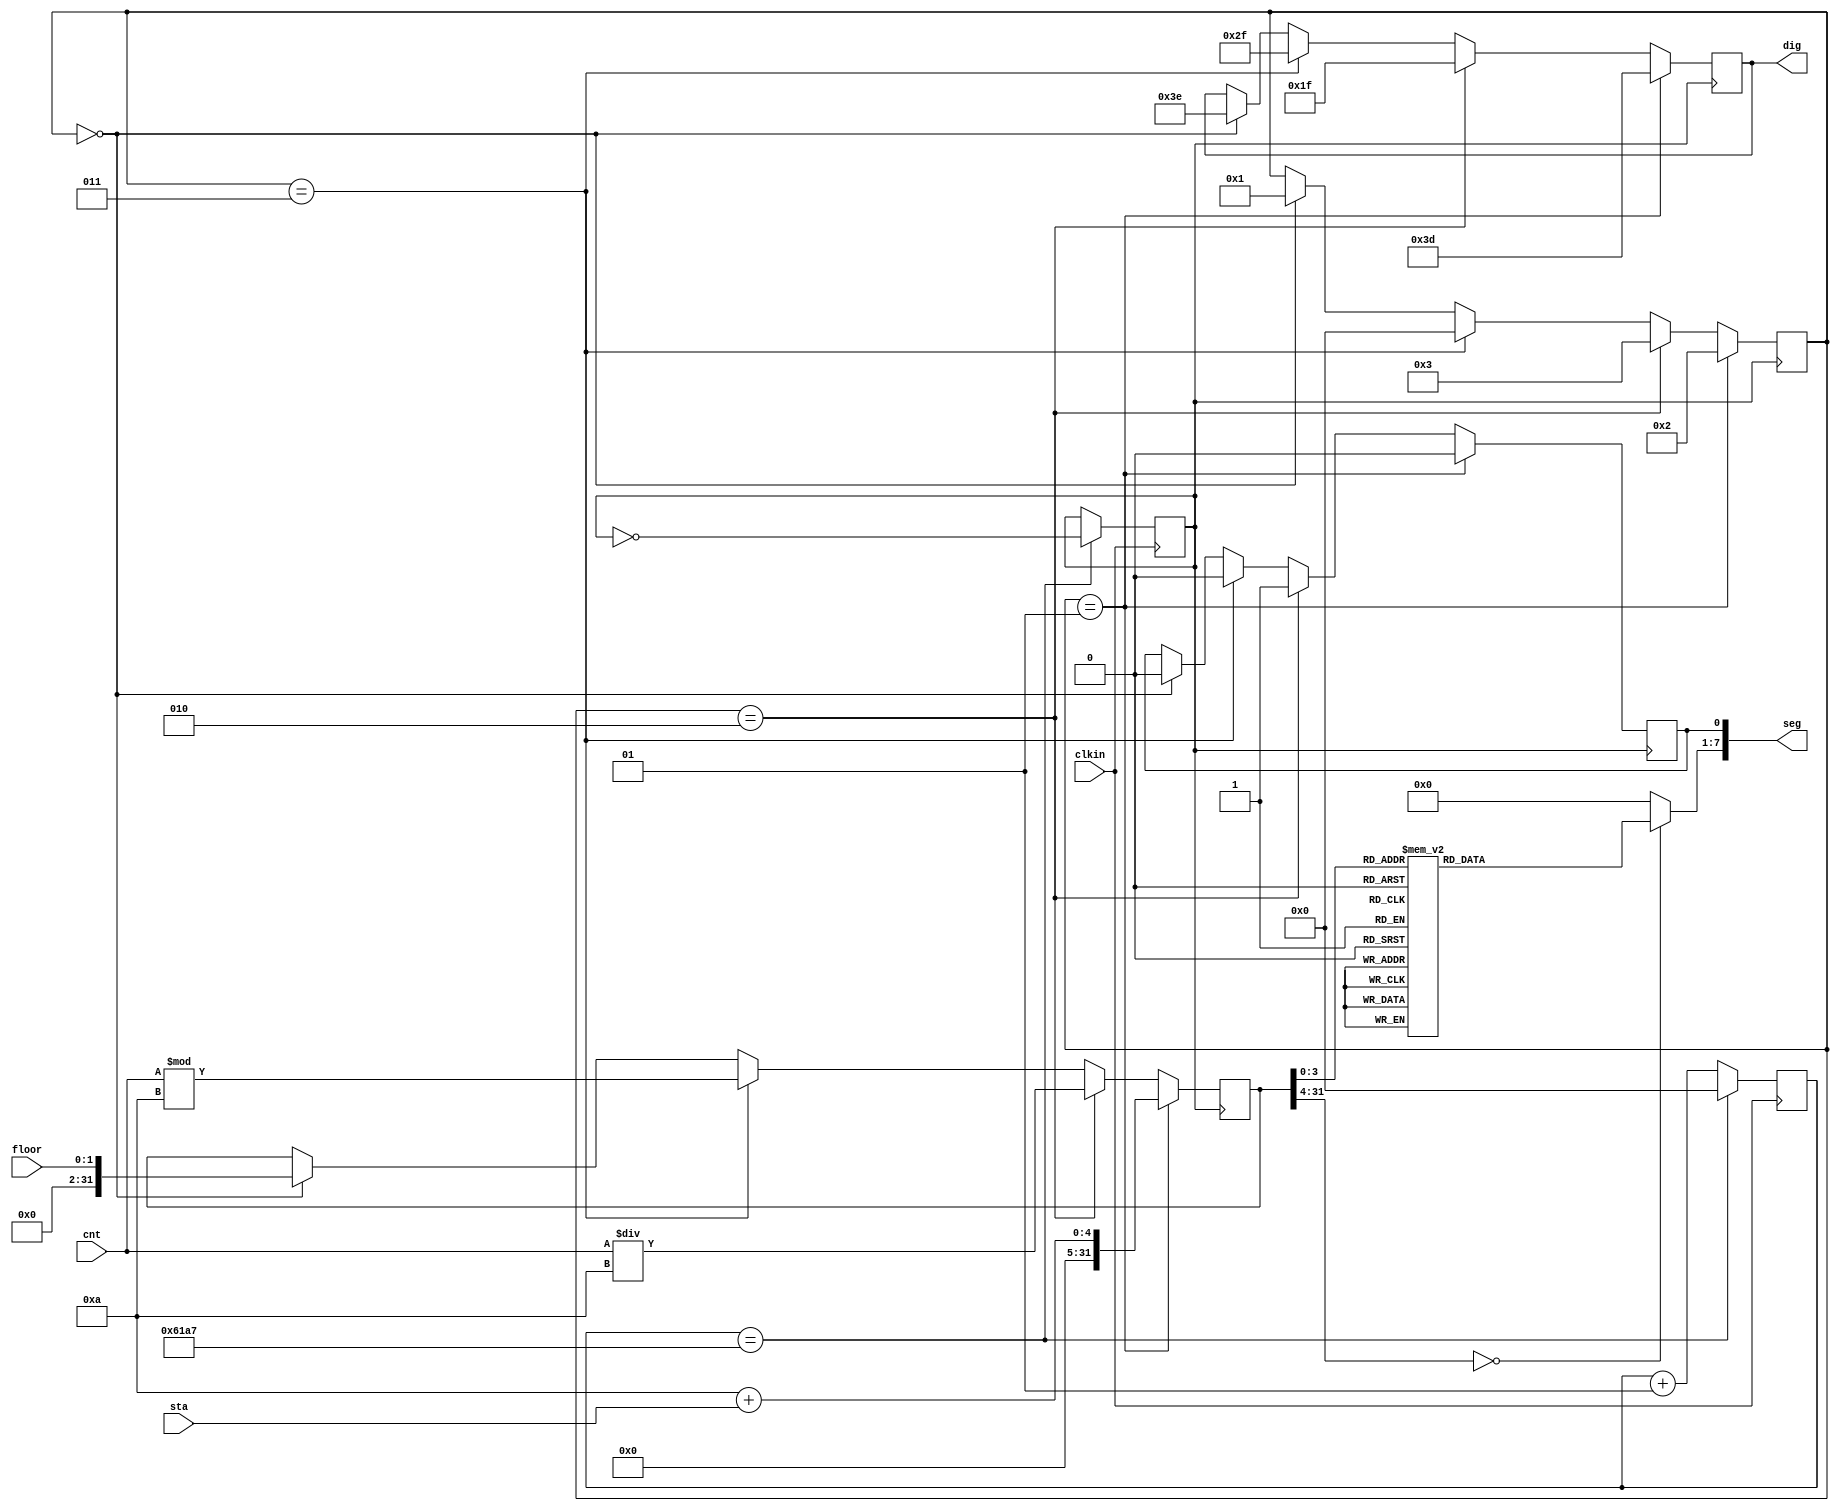
`timescale 1ns / 1ps
//////////////////////////////////////////////////////////////////////////////////
// Company: 
// Engineer: 
// 
// Design Name: 
// Module Name: decoder_7seg
// Project Name: 
// Target Devices: 
// Tool Versions: 
// Description: 
// 
// Dependencies: 
// 
// Revision:
// Revision 0.01 - File Created
// Additional Comments:
// 
//////////////////////////////////////////////////////////////////////////////////


module decoder_7seg (    
    input [4:0] cnt,    //
    input [1:0] floor,  //
    input [1:0] sta,  //
    output reg [7:0] seg,
    output reg [5:0] dig,
    input clkin
    );
    //
    reg clk=0;
    integer    qout=0;
    always@(posedge clkin)begin    
        if(qout==24999) //1ms
        begin
            qout<=0;
            clk<=~clk;
        end
        else qout<=qout+1;
    end
    //
    integer state=0,showdata;
    always@(posedge clk)begin
        //
        if(state==0)begin
            state<=1;
            dig=6'b111110;
            showdata=floor;
            seg[0]=0;
        end
        //
        if(state==1)begin
            state<=2;
            dig=6'b111101;
            showdata=10+sta;
            seg[0]=0;
        end
        //
        else if(state==2)begin
            state<=3;
            dig=6'b011111;
            showdata=cnt/10;
            seg[0]=1;   //
        end
        //
        else if(state==3)begin
            state<=0;
            dig=6'b101111;
            showdata=cnt%10;
            seg[0]=0;
        end
    end
    //
    always@(showdata)
        case(showdata)
            4'b0000: seg[7:1] = 7'b1111110;
            4'b0001: seg[7:1] = 7'b0110000;
            4'b0010: seg[7:1] = 7'b1101101;
            4'b0011: seg[7:1] = 7'b1111001;
            4'b0100: seg[7:1] = 7'b0110011;
            4'b0101: seg[7:1] = 7'b1011011;
            4'b0110: seg[7:1] = 7'b0011111;
            4'b0111: seg[7:1] = 7'b1110000;
            4'b1000: seg[7:1] = 7'b1111111;
            4'b1001: seg[7:1] = 7'b1110011;
            4'b1010: seg[7:1] = 7'b0000001; //103
            4'b1011: seg[7:1] = 7'b1000000;
            4'b1100: seg[7:1] = 7'b0001000;
            default: seg[7:1] = 7'b0000000;
        endcase
endmodule